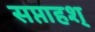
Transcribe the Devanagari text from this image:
सप्ताहश्